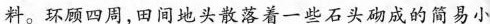
料。环顾四周，田间地头散落着一些石头砌成的简易小